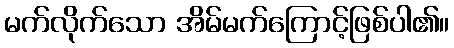
မက်လိုက်သော အိမ်မက်ကြောင့်ဖြစ်ပါ၏။